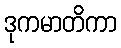
ဒုကမာတိကာ